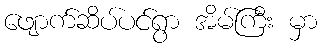
ဖျောက်ဆိပ်ပင်ရွာ အိမ်ကြီး မှာ